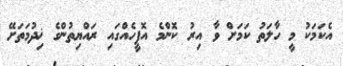
އެކަމަކު މީ ހާލަތު ކަމަށް ވާ އިރު ކޮންމެ އޮފީހެއްގައި ރައްޔިތުންގެ ޚިދުމަތަށޭ